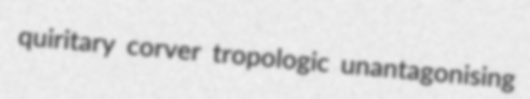
quiritary corver tropologic unantagonising